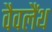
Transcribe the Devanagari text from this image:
वैवलैंथ